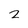
Character: 2